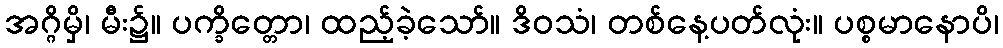
အဂ္ဂိမှိ၊ မီး၌။ ပက္ခိတ္တော၊ ထည့်ခဲ့သော်။ ဒိဝသံ၊ တစ်နေ့ပတ်လုံး။ ပစ္စမာနောပိ၊